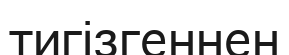
тигізгеннен